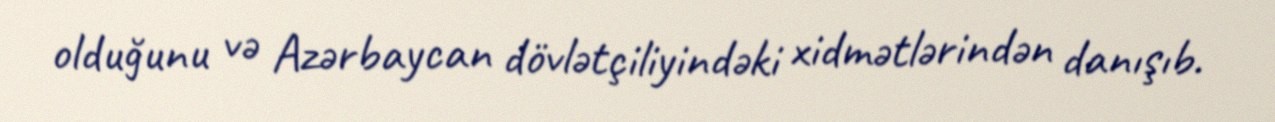
olduğunu və Azərbaycan dövlətçiliyindəki xidmətlərindən danışıb.